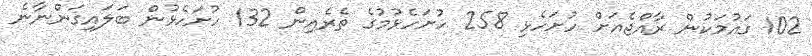
102 ގައުމަކުން ރާއްޖެއަށް ހުށަހެޅި 258 ހުށަހެޅުމުގެ ތެރެއިން 132 ހުށަހެޅުން ބަލައިގަންނާނެ